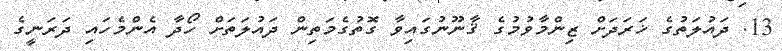
13. ދައުލަތުގެ ޚަރަދަށް ޒިންމާވުމުގެ ޤާނޫނުގައިވާ ގޮތުގެމަތިން ދައުލަތަށް ހޯދާ އެންމެހައި ދަރަނީގެ